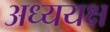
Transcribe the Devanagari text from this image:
अध्ययक्ष